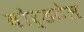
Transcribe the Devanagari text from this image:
बोर्डटेल